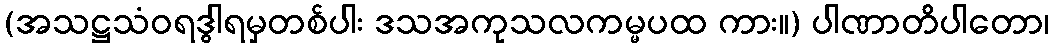
(အသဋ္ဌသံဝရဒွါရမှတစ်ပါး ဒသအကုသလကမ္မပထ ကား။) ပါဏာတိပါတော၊